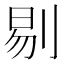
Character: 剔